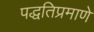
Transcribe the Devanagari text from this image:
पद्धतिप्रमाणे